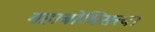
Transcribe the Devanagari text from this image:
महाबोधिसत्त्व।